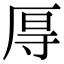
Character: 㕌